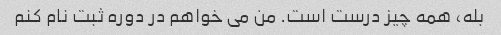
بله، همه چیز درست است. من می خواهم در دوره ثبت نام کنم